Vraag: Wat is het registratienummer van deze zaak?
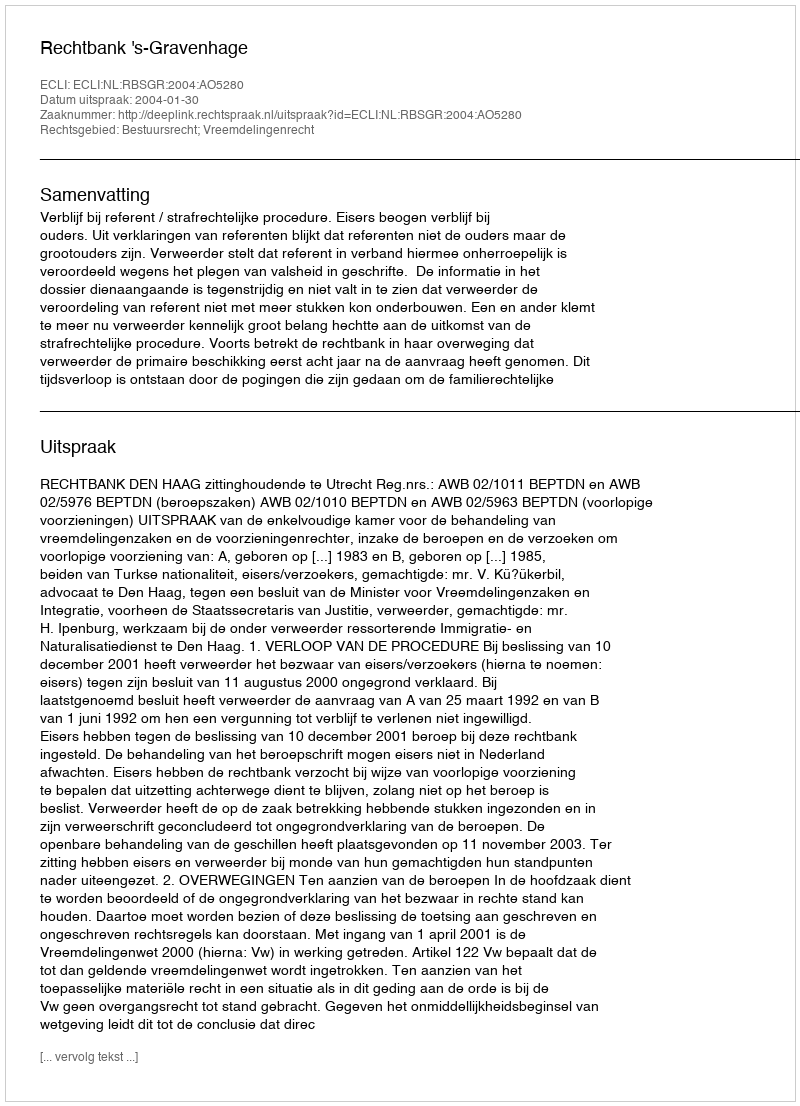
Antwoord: http://deeplink.rechtspraak.nl/uitspraak?id=ECLI:NL:RBSGR:2004:AO5280